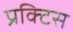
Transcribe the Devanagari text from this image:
प्रक्‍टिस